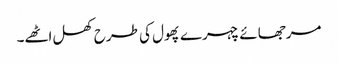
مرجھائے چہرے پھول کی طرح کھل اٹھے۔